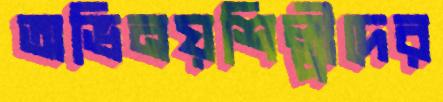
অভিনয়শিল্পীদের